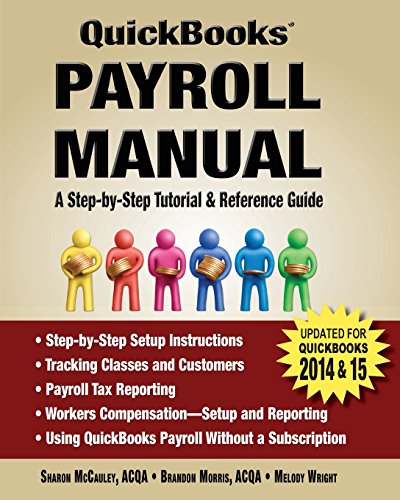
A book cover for QuickBooks Payroll Manual; Sharon McCauley; Computers & Technology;